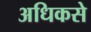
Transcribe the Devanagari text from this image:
अधिकसे